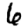
Digit: 6